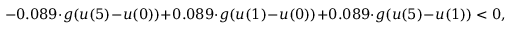
- 0 . 0 8 9 \cdot g ( u ( 5 ) - u ( 0 ) ) + 0 . 0 8 9 \cdot g ( u ( 1 ) - u ( 0 ) ) + 0 . 0 8 9 \cdot g ( u ( 5 ) - u ( 1 ) ) < 0 ,